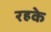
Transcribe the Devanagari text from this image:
रहके